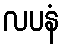
လပနံ